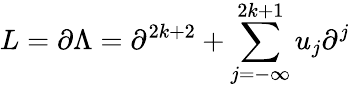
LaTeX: L=\partial\Lambda=\partial^{2k+2}+\sum_{j=-\infty}^{2k+1}u_{j}\partial^{j}